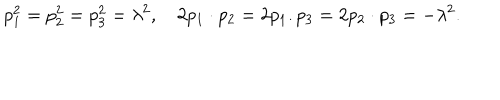
p _ { 1 } ^ { 2 } = p _ { 2 } ^ { 2 } = p _ { 3 } ^ { 2 } = \lambda ^ { 2 } , \quad 2 p _ { 1 } \cdot p _ { 2 } = 2 p _ { 1 } . p _ { 3 } = 2 p _ { 2 } \cdot p _ { 3 } = - \lambda ^ { 2 } .